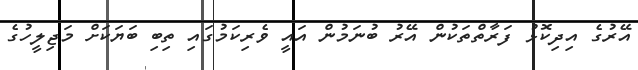
އޭރުގެ އިދިކޮޅު ފަރާތްތަކުން އޭރު ބުނަމުން އައީ ވެރިކަމުގައި ތިބި ބަޔަކަށް މަޖިލީހުގެ